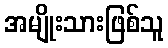
အမျိုးသားဖြစ်သူ